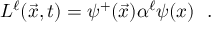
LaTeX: L ^ { \ell } ( \vec { x } , t ) = \psi ^ { + } ( \vec { x } ) \alpha ^ { \ell } \psi ( x ) ~ ~ .